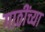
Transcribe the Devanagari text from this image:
गाठींच्या